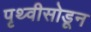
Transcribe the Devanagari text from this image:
पृथ्वीसोडून